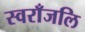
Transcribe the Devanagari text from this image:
स्वराँजलि